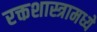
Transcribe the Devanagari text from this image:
रक्तशास्त्रामध्ये